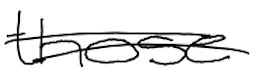
Text: those
Cross-out: double-line
Writing tool: digital_black